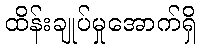
ထိန်းချုပ်မှုအောက်ရှိ